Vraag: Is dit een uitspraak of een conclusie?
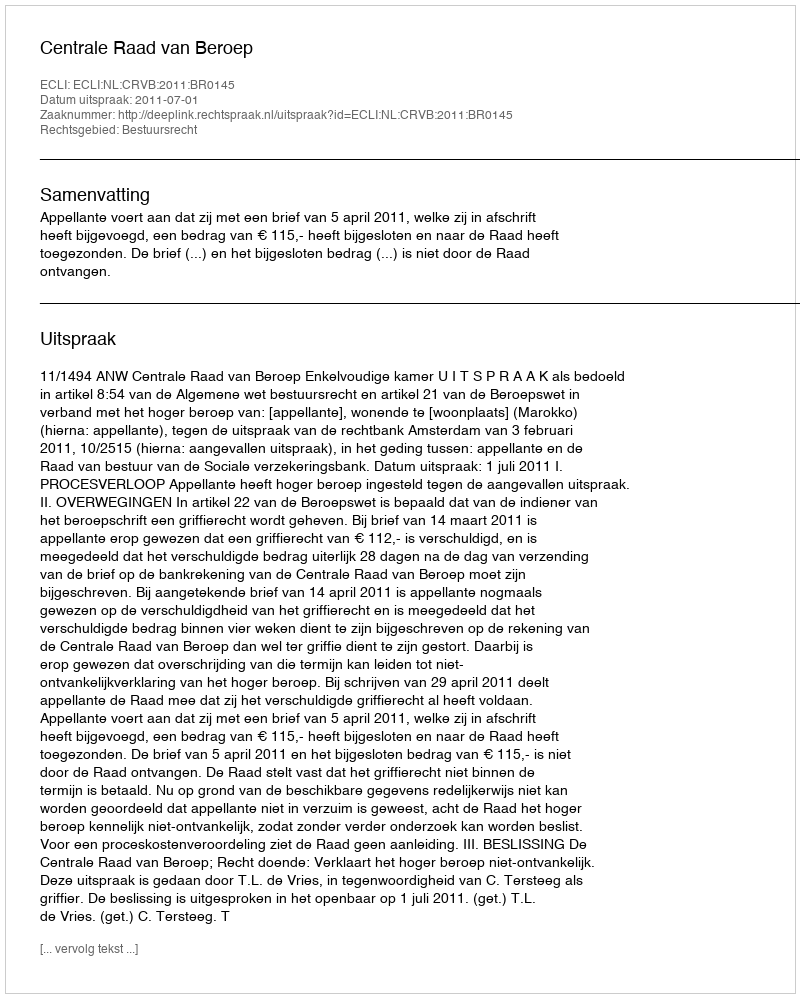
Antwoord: Uitspraak